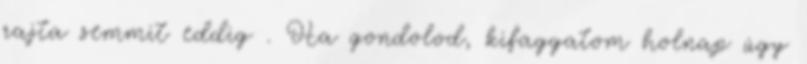
rajta semmit eddig . Ha gondolod, kifaggatom holnap úgy